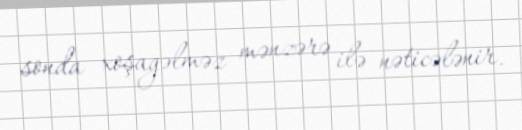
sonda xoşagəlməz mənzərə ilə nəticələnir.